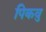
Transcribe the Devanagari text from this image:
पिकवु